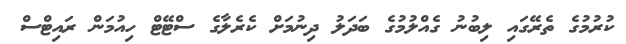
ކުރުމުގެ ތެރޭގައި ލިބުނު ގެއްލުމުގެ ބަދަލު ދިނުމަށް ކެރެލާގެ ސްޓޭޓް ހިއުމަން ރައިޓްސް